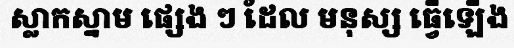
ស្លាកស្នាម ផ្សេង ៗ ដែល មនុស្ស ធ្វើឡើង